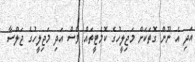
އަދި އެ ނޫން ގޮތަކަށް މަޖިލީހުގެ ކޮމެޓީތައް ވެސް އަދި މަޖިލީހުގެ ޖަލްސާ